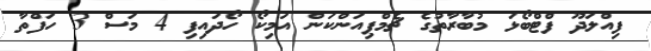
ފިއްލަދޫ ފްޓްބޯޅަ މުބާރާތުގެ ޗެމްޕިއަންކަން އަމިކޯ ހޯދައިފި 4 މަސް 3 ހަފްތާ